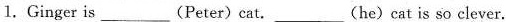
1.Ginger is___(Peter)cat.___(he)cat is so clever.